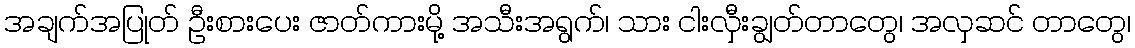
အချက်အပြုတ် ဦးစားပေး ဇာတ်ကားမို့ အသီးအရွက်၊ သား ငါးလှီးချွတ်တာတွေ၊ အလှဆင် တာတွေ၊